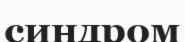
синдром